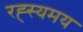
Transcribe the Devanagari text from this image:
रह्स्यमय